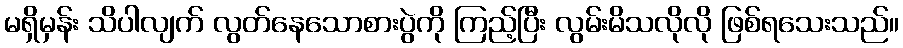
မရှိမှန်း သိပါလျက် လွတ်နေသောစားပွဲကို ကြည့်ပြီး လွမ်းမိသလိုလို ဖြစ်ရသေးသည်။